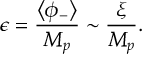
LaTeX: \epsilon = \frac { \left< \phi _ { - } \right> } { M _ { p } } \sim \frac { \xi } { M _ { p } } .